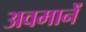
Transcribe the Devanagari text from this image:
अवमानें